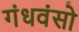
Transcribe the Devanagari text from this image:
गंधवंसो